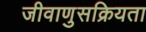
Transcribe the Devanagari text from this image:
जीवाणुसक्रियता